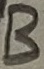
Text: B